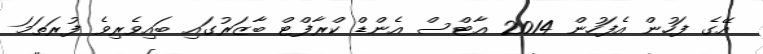
އޭގެ ފަހުން އެފަހުން 2014 އާޓްސް އެންޑް ކްރާފްޓް ބާޒަރުގައި ބައިވެރިވެ ފުރަތަމަ